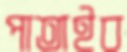
পাতাইব